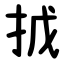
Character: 㧔